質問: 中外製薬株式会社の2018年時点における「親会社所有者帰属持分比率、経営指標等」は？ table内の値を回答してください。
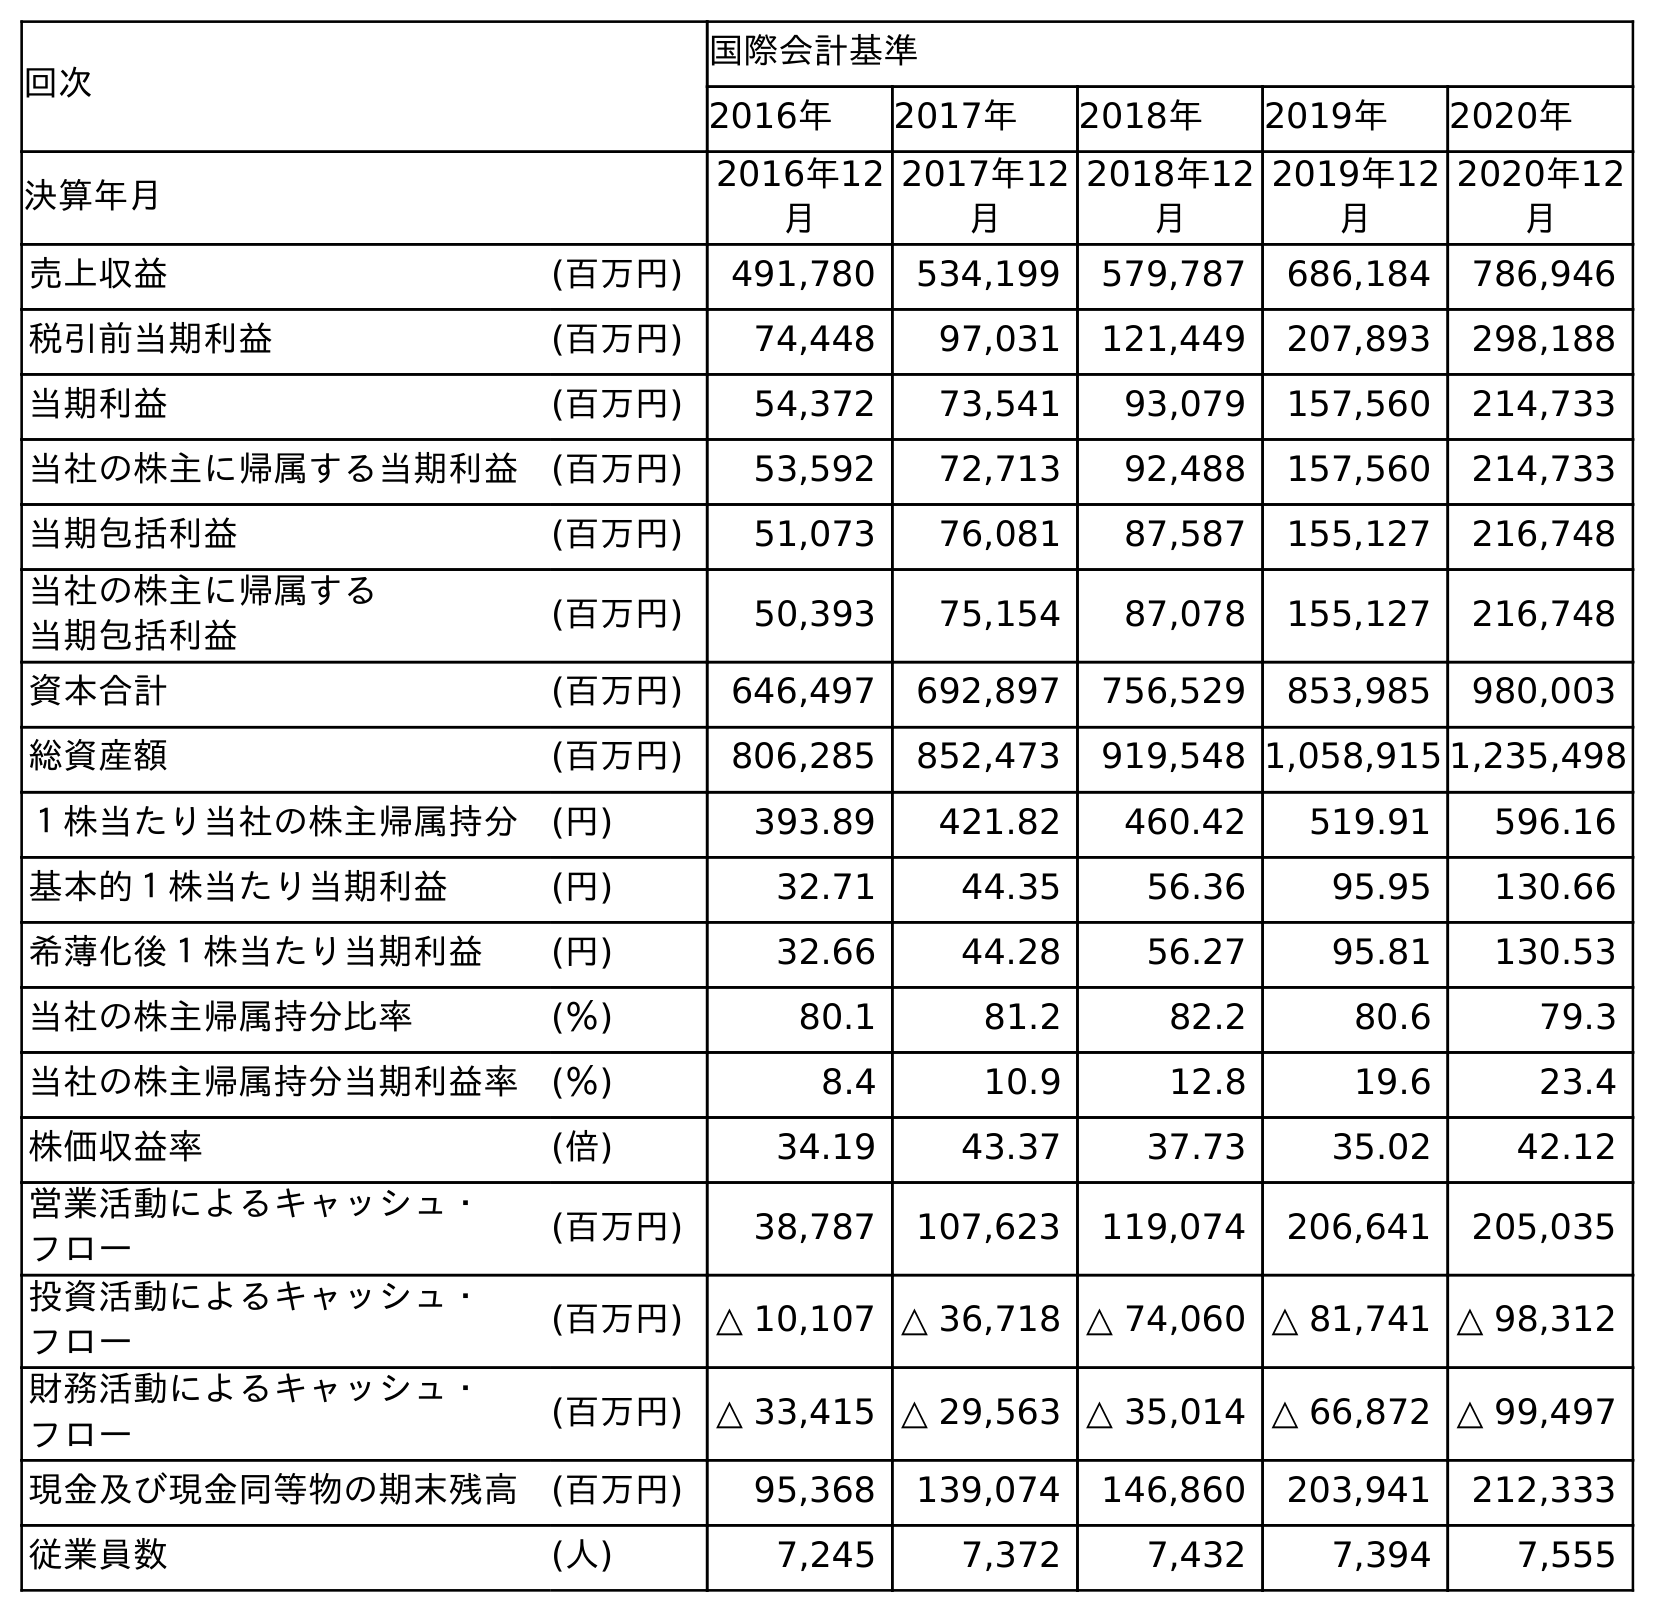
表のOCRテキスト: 回次 国際会計基準 2016年 2017年 2018年 2019年 2020年 決算年月 2016年12 月 2017年12 月 2018年12 月 2019年12 月 2020年12 月 売上収益 (百万円) 491,780 534,199 579,787 686,184 786,946 税引前当期利益 (百万円) 74,448 97,031 121,449 207,893 298,188 当期利益 (百万円) 54,372 73,541 93,079 157,560 214,733 当社の株主に帰属する当期利益 (百万円) 53,592 72,713 92,488 157,560 214,733 当期包括利益 (百万円) 51,073 76,081 87,587 155,127 216,748 当社の株主に帰属する 当期包括利益 (百万円) 50,393 75,154 87,078 155,127 216,748 資本合計 (百万円) 646,497 692,897 756,529 853,985 980,003 総資産額 (百万円) 806,285 852,473 919,548 1,058,915 1,235,498 １株当たり当社の株主帰属持分 (円) 393.89 421.82 460.42 519.91 596.16 基本的１株当たり当期利益 (円) 32.71 44.35 56.36 95.95 130.66 希薄化後１株当たり当期利益 (円) 32.66 44.28 56.27 95.81 130.53 当社の株主帰属持分比率 (％) 80.1 81.2 82.2 80.6 79.3 当社の株主帰属持分当期利益率 (％) 8.4 10.9 12.8 19.6 23.4 株価収益率 (倍) 34.19 43.37 37.73 35.02 42.12 営業活動によるキャッシュ・ フロー (百万円) 38,787 107,623 119,074 206,641 205,035 投資活動によるキャッシュ・ フロー (百万円) △ 10,107 △ 36,718 △ 74,060 △ 81,741 △ 98,312 財務活動によるキャッシュ・ フロー (百万円) △ 33,415 △ 29,563 △ 35,014 △ 66,872 △ 99,497 現金及び現金同等物の期末残高 (百万円) 95,368 139,074 146,860 203,941 212,333 従業員数 (人) 7,245 7,372 7,432 7,394 7,555
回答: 82.2